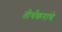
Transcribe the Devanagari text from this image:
तीर्थंकरांचे